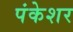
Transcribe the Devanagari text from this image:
पंकेशर